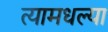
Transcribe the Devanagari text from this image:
त्यामधल्या